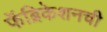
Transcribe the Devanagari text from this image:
फॅब्रिकेशनची